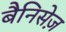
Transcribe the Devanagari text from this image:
बैनिसेज़